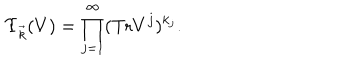
\Upsilon _ { \vec { k } } ( V ) = \prod _ { j = 1 } ^ { \infty } ( \mathrm { T r } V ^ { j } ) ^ { k _ { j } } .